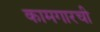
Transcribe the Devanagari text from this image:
कामगारची